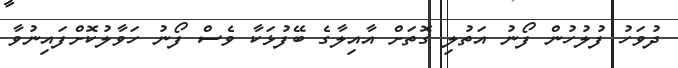
ދުވަހު ފުލުހުން ފޯނު އަތުލި ގޮތަށް އާއިލާގެ ބޭފުޅަކާ ވެސް ފޯނު ހަވާލުކޮށްފައިނުވާ